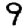
Digit: 9